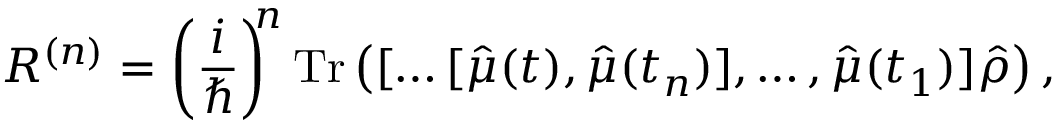
R ^ { ( n ) } = \left( \frac { i } { \hbar } \right) ^ { \! \! n } \mathrm { T r } \left( [ \dots [ \hat { \mu } ( t ) , \hat { \mu } ( t _ { n } ) ] , \dots , \hat { \mu } ( t _ { 1 } ) ] \hat { \rho } \right) ,